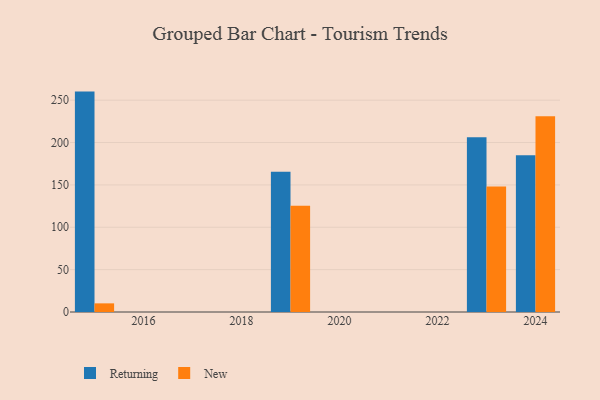
{"axis": {"x": "Year", "y": "Humidity (%)"}, "legend": ["New", "Returning"], "data": [{"x": "2019", "y": 165.4, "type": "Returning"}, {"x": "2019", "y": 125.3, "type": "New"}, {"x": "2023", "y": 206.3, "type": "Returning"}, {"x": "2023", "y": 148.0, "type": "New"}, {"x": "2015", "y": 260.1, "type": "Returning"}, {"x": "2015", "y": 10.2, "type": "New"}, {"x": "2024", "y": 185.1, "type": "Returning"}, {"x": "2024", "y": 231.0, "type": "New"}]}